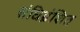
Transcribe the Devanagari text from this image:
संधिभ्रंशित